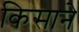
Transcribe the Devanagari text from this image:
किसाने